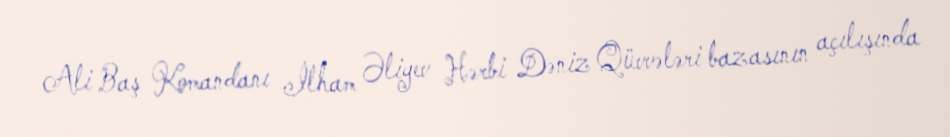
Ali Baş Komandanı İlham Əliyev Hərbi Dəniz Qüvvələri bazasının açılışında